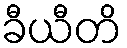
ခီယီတိ